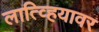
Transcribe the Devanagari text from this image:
लात्व्हियावर